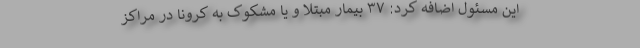
این مسئول اضافه کرد: ۳۷ بیمار مبتلا و یا مشکوک به کرونا در مراکز